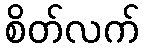
စိတ်လက်